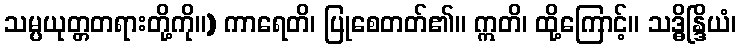
သမ္ပယုတ္တတရားတို့ကို။) ကာရေတိ၊ ပြုစေတတ်၏။ ဣတိ၊ ထို့ကြောင့်။ သဒ္ဓိန္ဒြိယံ၊